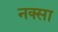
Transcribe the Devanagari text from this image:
नक्सा